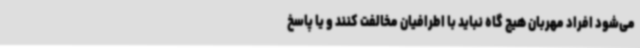
می‌شود افراد مهربان هیچ گاه نباید با اطرافیان مخالفت کنند و یا پاسخ